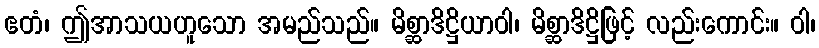
ဧတံ၊ ဤအာသယဟူသော အမည်သည်။ မိစ္ဆာဒိဋ္ဌိယာဝါ၊ မိစ္ဆာဒိဋ္ဌိဖြင့် လည်းကောင်း။ ဝါ၊